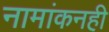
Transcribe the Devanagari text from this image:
नामांकनही